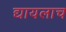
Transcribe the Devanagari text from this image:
द्यायलाच